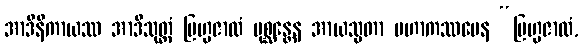
အာဒိနိကာယဿ အာဒိသုတ္တံ ဗြဟ္မဇာလံ ပုစ္ဆန္တေန အာယသ္မတာ မဟာကဿပေန “ဗြဟ္မဇာလံ,